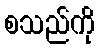
စသည်ကို